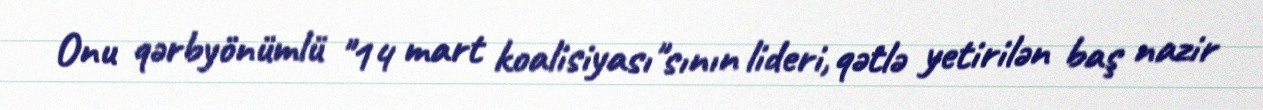
Onu qərbyönümlü "14 mart koalisiyası"sının lideri, qətlə yetirilən baş nazir